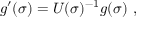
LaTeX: g ^ { \prime } ( \sigma ) = U ( \sigma ) ^ { - 1 } g ( \sigma ) ~ , ~ ~